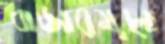
বাজারমূল্যে